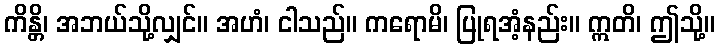
ကိန္တိ၊ အဘယ်သို့လျှင်။ အဟံ၊ ငါသည်။ ကရောမိ၊ ပြုရအံ့နည်း။ ဣတိ၊ ဤသို့။